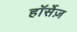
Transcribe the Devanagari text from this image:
हॉर्सेज़